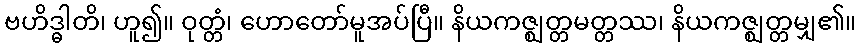
ဗဟိဒ္ဓါတိ၊ ဟူ၍။ ဝုတ္တံ၊ ဟောတော်မူအပ်ပြီ။ နိယကဇ္ဈတ္တမတ္တဿ၊ နိယကဇ္ဈတ္တမျှ၏။